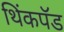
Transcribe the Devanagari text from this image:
थिंकपॅड